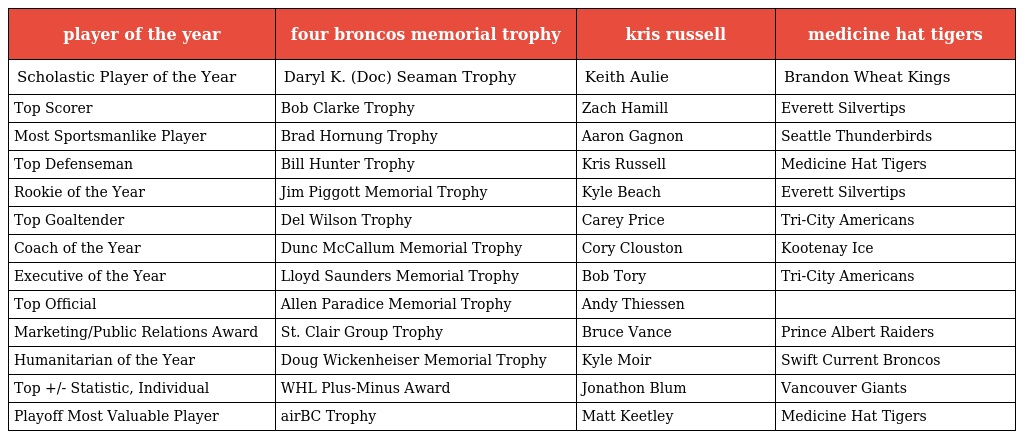
| player of the year | four broncos memorial trophy | kris russell | medicine hat tigers |
 | --- | --- | --- | --- |
 | Scholastic Player of the Year | Daryl K. (Doc) Seaman Trophy | Keith Aulie | Brandon Wheat Kings |
 | Top Scorer | Bob Clarke Trophy | Zach Hamill | Everett Silvertips |
 | Most Sportsmanlike Player | Brad Hornung Trophy | Aaron Gagnon | Seattle Thunderbirds |
 | Top Defenseman | Bill Hunter Trophy | Kris Russell | Medicine Hat Tigers |
 | Rookie of the Year | Jim Piggott Memorial Trophy | Kyle Beach | Everett Silvertips |
 | Top Goaltender | Del Wilson Trophy | Carey Price | Tri-City Americans |
 | Coach of the Year | Dunc McCallum Memorial Trophy | Cory Clouston | Kootenay Ice |
 | Executive of the Year | Lloyd Saunders Memorial Trophy | Bob Tory | Tri-City Americans |
 | Top Official | Allen Paradice Memorial Trophy | Andy Thiessen |  |
 | Marketing/Public Relations Award | St. Clair Group Trophy | Bruce Vance | Prince Albert Raiders |
 | Humanitarian of the Year | Doug Wickenheiser Memorial Trophy | Kyle Moir | Swift Current Broncos |
 | Top +/- Statistic, Individual | WHL Plus-Minus Award | Jonathon Blum | Vancouver Giants |
 | Playoff Most Valuable Player | airBC Trophy | Matt Keetley | Medicine Hat Tigers |